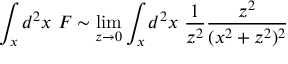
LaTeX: \int _ { x } d ^ { 2 } x \ F \sim \operatorname * { l i m } _ { z \rightarrow 0 } \int _ { x } d ^ { 2 } x \ { \frac { 1 } { z ^ { 2 } } } { \frac { z ^ { 2 } } { ( x ^ { 2 } + z ^ { 2 } ) ^ { 2 } } }